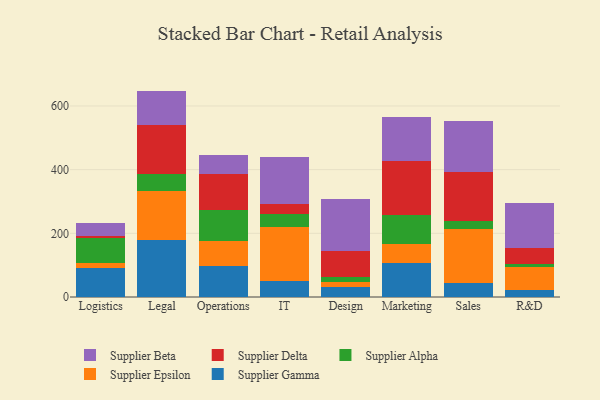
{"axis": {"x": "Department", "y": "Page Views"}, "legend": ["Supplier Alpha", "Supplier Beta", "Supplier Delta", "Supplier Epsilon", "Supplier Gamma"], "data": [{"x": "Logistics", "y": 91.8, "type": "Supplier Gamma"}, {"x": "Logistics", "y": 15.3, "type": "Supplier Epsilon"}, {"x": "Logistics", "y": 77.8, "type": "Supplier Alpha"}, {"x": "Logistics", "y": 6.5, "type": "Supplier Delta"}, {"x": "Logistics", "y": 41.1, "type": "Supplier Beta"}, {"x": "Legal", "y": 177.7, "type": "Supplier Gamma"}, {"x": "Legal", "y": 154.7, "type": "Supplier Epsilon"}, {"x": "Legal", "y": 54.1, "type": "Supplier Alpha"}, {"x": "Legal", "y": 155.0, "type": "Supplier Delta"}, {"x": "Legal", "y": 106.0, "type": "Supplier Beta"}, {"x": "Operations", "y": 97.7, "type": "Supplier Gamma"}, {"x": "Operations", "y": 78.8, "type": "Supplier Epsilon"}, {"x": "Operations", "y": 97.9, "type": "Supplier Alpha"}, {"x": "Operations", "y": 112.5, "type": "Supplier Delta"}, {"x": "Operations", "y": 57.7, "type": "Supplier Beta"}, {"x": "IT", "y": 48.8, "type": "Supplier Gamma"}, {"x": "IT", "y": 172.0, "type": "Supplier Epsilon"}, {"x": "IT", "y": 39.1, "type": "Supplier Alpha"}, {"x": "IT", "y": 33.7, "type": "Supplier Delta"}, {"x": "IT", "y": 145.2, "type": "Supplier Beta"}, {"x": "Design", "y": 30.2, "type": "Supplier Gamma"}, {"x": "Design", "y": 18.0, "type": "Supplier Epsilon"}, {"x": "Design", "y": 16.1, "type": "Supplier Alpha"}, {"x": "Design", "y": 81.3, "type": "Supplier Delta"}, {"x": "Design", "y": 163.2, "type": "Supplier Beta"}, {"x": "Marketing", "y": 105.4, "type": "Supplier Gamma"}, {"x": "Marketing", "y": 61.6, "type": "Supplier Epsilon"}, {"x": "Marketing", "y": 92.0, "type": "Supplier Alpha"}, {"x": "Marketing", "y": 169.2, "type": "Supplier Delta"}, {"x": "Marketing", "y": 138.3, "type": "Supplier Beta"}, {"x": "Sales", "y": 43.3, "type": "Supplier Gamma"}, {"x": "Sales", "y": 169.4, "type": "Supplier Epsilon"}, {"x": "Sales", "y": 26.8, "type": "Supplier Alpha"}, {"x": "Sales", "y": 153.7, "type": "Supplier Delta"}, {"x": "Sales", "y": 159.1, "type": "Supplier Beta"}, {"x": "R&D", "y": 21.5, "type": "Supplier Gamma"}, {"x": "R&D", "y": 73.2, "type": "Supplier Epsilon"}, {"x": "R&D", "y": 8.0, "type": "Supplier Alpha"}, {"x": "R&D", "y": 51.3, "type": "Supplier Delta"}, {"x": "R&D", "y": 140.8, "type": "Supplier Beta"}]}